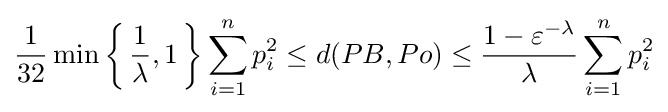
{\frac {1}{32}}\min \left\{\,{\frac {1}{\lambda }},1\,\right\}\sum _{i=1}^{n}p_{i}^{2}\leq d(PB,Po)\leq {\frac {1-\varepsilon ^{-\lambda }}{\lambda }}\sum _{i=1}^{n}p_{i}^{2}